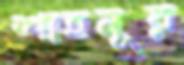
শাহনূর